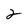
Character: 2